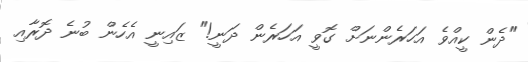
"ދެން ކީއްވެ އަހަރެންނަށް ގޮވީ އަހަރެން ދަނީ!" ޒައިނީ އެހެން ބުނެ ދޮރާއި